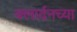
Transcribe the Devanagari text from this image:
क्लार्दनच्या